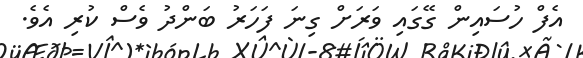
އެފް ހުސައިން ގޭގައި ވަރަށް ގިނަ ފަހަރު ބަންދު ވެސް ކުރި އެވެ.